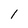
Character: l